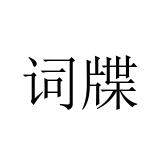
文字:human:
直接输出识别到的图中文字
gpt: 词牒